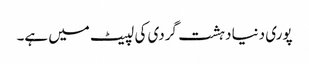
پوری دنیا دہشت گردی کی لپیٹ میں ہے۔